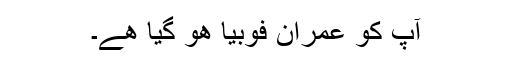
آپ کو عمران فوبیا ھو گیا ھے۔